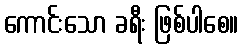
ကောင်းသော ခရီး ဖြစ်ပါစေ။